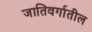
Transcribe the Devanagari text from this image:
जातिवर्गातील